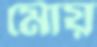
মোয়